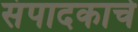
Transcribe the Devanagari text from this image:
संपादकाचे